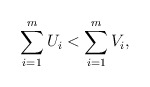
\begin{align*} \sum_{i=1}^mU_i < \sum_{i=1}^mV_i, \end{align*}